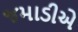
જમાડીએ